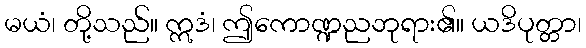
မယံ၊ တို့သည်။ ဣဒံ၊ ဤကောဏ္ဍညဘုရား၏။ ယဒိပုတ္တာ၊